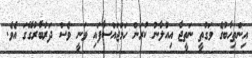
އިންތިހާބުގެ ވަގުތީ ނަތީޖާ އިއުލާނު ކުރަން ހަމަޖައްސާފައި ވަނީ ވެސް ދަރުބާރުގޭގަ އެވެ.